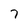
Character: 7